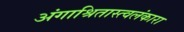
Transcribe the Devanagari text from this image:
अंगाश्रितास्त्वलंकारा